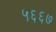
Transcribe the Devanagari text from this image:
५६६७